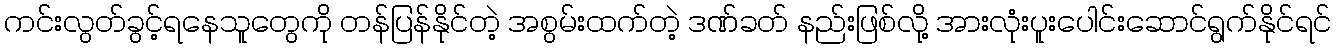
ကင်းလွတ်ခွင့်ရနေသူတွေကို တန်ပြန်နိုင်တဲ့ အစွမ်းထက်တဲ့ ဒဏ်ခတ် နည်းဖြစ်လို့ အားလုံးပူးပေါင်းဆောင်ရွက်နိုင်ရင်